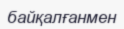
байқалғанмен